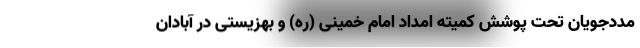
مددجویان تحت پوشش کمیته امداد امام خمینی (ره) و بهزیستی در آبادان